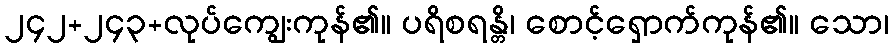
၂၄၂+၂၄၃+လုပ်ကျွေးကုန်၏။ ပရိစရန္တိ၊ စောင့်ရှောက်ကုန်၏။ သော၊